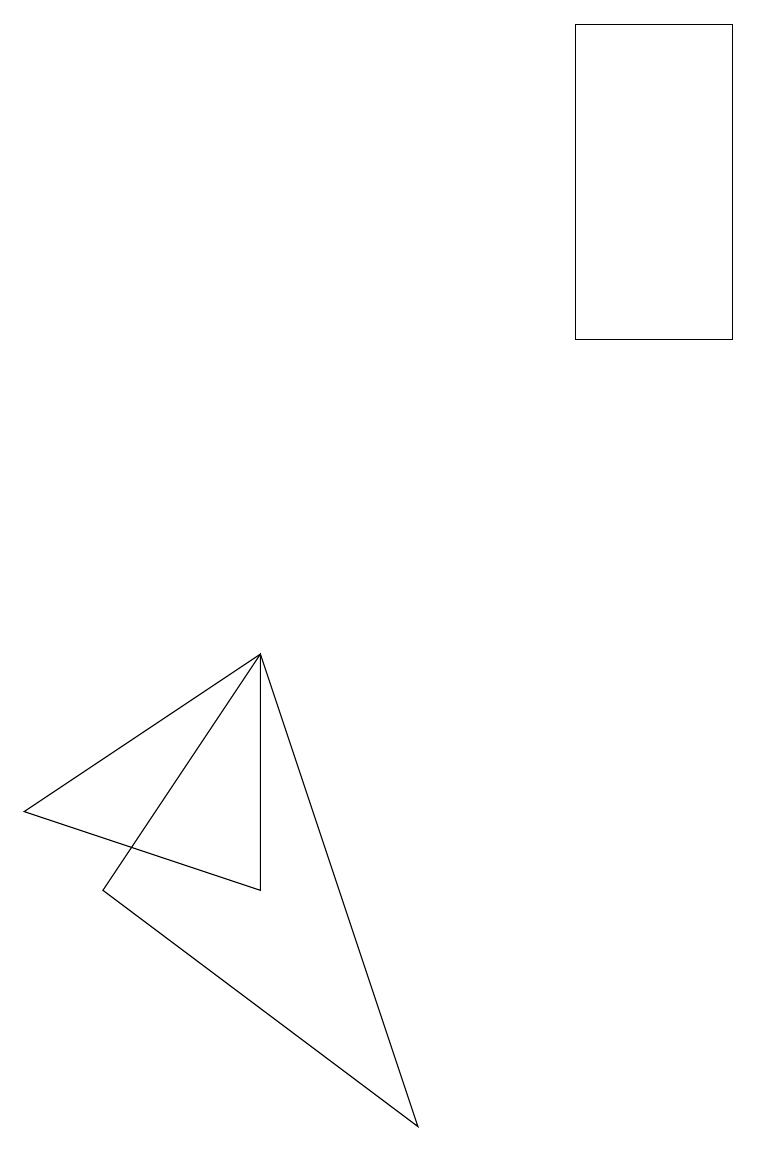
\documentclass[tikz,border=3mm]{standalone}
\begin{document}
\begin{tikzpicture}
\draw (3,9) -- (0,7) -- (3,6) -- cycle;
\draw (3,9) -- (1,6) -- (5,3) -- cycle;
\draw (9,13) rectangle (7,17);
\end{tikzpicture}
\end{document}